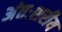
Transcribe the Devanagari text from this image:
अंतःशरीय